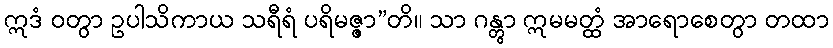
ဣဒံ ဝတွာ ဥပါသိကာယ သရီရံ ပရိမဇ္ဇာ”တိ။ သာ ဂန္တွာ ဣမမတ္ထံ အာရောစေတွာ တထာ